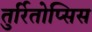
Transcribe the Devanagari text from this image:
तुर्रितोप्सिस